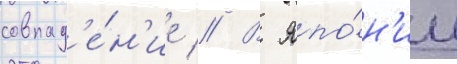
совпад'е́н'ие // В япо́н'ии